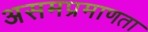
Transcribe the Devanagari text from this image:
असमप्रमाणता